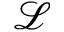
\mathcal { L }